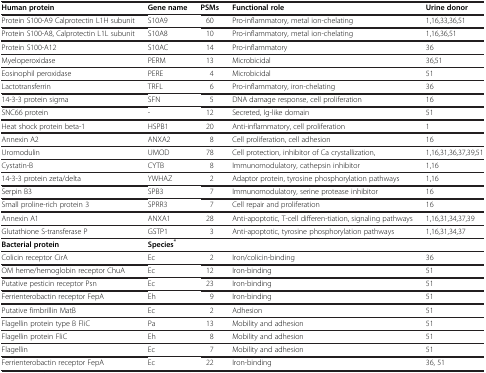
<table><thead><tr><td><b>Human protein</b></td><td><b>Gene name</b></td><td><b>PSMs</b></td><td><b>Functional role</b></td><td><b>Urine donor</b></td></tr></thead><tbody><tr><td>Protein S100-A9 Calprotectin L1H subunit</td><td>S10A9</td><td>60</td><td>Pro-inflammatory, metal ion-chelating</td><td>1,16,33,36,51</td></tr><tr><td>Protein S100-A8, Calprotectin L1L subunit</td><td>S10A8</td><td>10</td><td>Pro-inflammatory, metal ion-chelating</td><td>1,16,36,51</td></tr><tr><td>Protein S100-A12</td><td>S10AC</td><td>14</td><td>Pro-inflammatory</td><td>36</td></tr><tr><td>Myeloperoxidase</td><td>PERM</td><td>13</td><td>Microbicidal</td><td>36,51</td></tr><tr><td>Eosinophil peroxidase</td><td>PERE</td><td>4</td><td>Microbicidal</td><td>51</td></tr><tr><td>Lactotransferrin</td><td>TRFL</td><td>6</td><td>Pro-inflammatory, iron-chelating</td><td>36</td></tr><tr><td>14-3-3 protein sigma</td><td>SFN</td><td>5</td><td>DNA damage response, cell proliferation</td><td>16</td></tr><tr><td>SNC66 protein</td><td>-</td><td>12</td><td>Secreted, Ig-like domain</td><td>51</td></tr><tr><td>Heat shock protein beta-1</td><td>HSPB1</td><td>20</td><td>Anti-inflammatory, cell proliferation</td><td>1</td></tr><tr><td>Annexin A2</td><td>ANXA2</td><td>8</td><td>Cell proliferation, cell adhesion</td><td>16</td></tr><tr><td>Uromodulin</td><td>UMOD</td><td>78</td><td>Cell protection, inhibitor of Ca crystallization,</td><td>1,16,31,36,37,39,51</td></tr><tr><td>Cystatin-B</td><td>CYTB</td><td>8</td><td>Immunomodulatory, cathepsin inhibitor</td><td>1,16</td></tr><tr><td>14-3-3 protein zeta/delta</td><td>YWHAZ</td><td>2</td><td>Adaptor protein, tyrosine phosphorylation pathways</td><td>1,16</td></tr><tr><td>Serpin B3</td><td>SPB3</td><td>7</td><td>Immunomodulatory, serine protease inhibitor</td><td>16</td></tr><tr><td>Small proline-rich protein 3</td><td>SPRR3</td><td>7</td><td>Cell repair and proliferation</td><td>16</td></tr><tr><td>Annexin A1</td><td>ANXA1</td><td>28</td><td>Anti-apoptotic, T-cell differen-tiation, signaling pathways</td><td>1,16,31,34,37,39</td></tr><tr><td>Glutathione S-transferase P</td><td>GSTP1</td><td>3</td><td>Anti-apoptotic, tyrosine phosphorylation pathways</td><td>1,16,31,34,37</td></tr><tr><td><b>Bacterial protein</b></td><td><b>Species</b><sup><b>*</b></sup></td><td> </td><td> </td><td> </td></tr><tr><td>Colicin receptor CirA</td><td>Ec</td><td>2</td><td>Iron/colicin-binding</td><td>36</td></tr><tr><td>OM heme/hemoglobin receptor ChuA</td><td>Ec</td><td>12</td><td>Iron-binding</td><td>51</td></tr><tr><td>Putative pesticin receptor Psn</td><td>Ec</td><td>23</td><td>Iron-binding</td><td>51</td></tr><tr><td>Ferrienterobactin receptor FepA</td><td>Eh</td><td>9</td><td>Iron-binding</td><td>51</td></tr><tr><td>Putative fimbrillin MatB</td><td>Ec</td><td>2</td><td>Adhesion</td><td>51</td></tr><tr><td>Flagellin protein type B FliC</td><td>Pa</td><td>13</td><td>Mobility and adhesion</td><td>51</td></tr><tr><td>Flagellin protein FliC</td><td>Eh</td><td>8</td><td>Mobility and adhesion</td><td>51</td></tr><tr><td>Flagellin</td><td>Ec</td><td>7</td><td>Mobility and adhesion</td><td>51</td></tr><tr><td>Ferrienterobactin receptor FepA</td><td>Ec</td><td>22</td><td>Iron-binding</td><td>36, 51</td></tr></tbody></table>